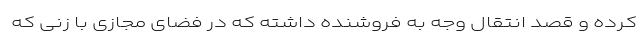
کرده و قصد انتقال وجه به فروشنده داشته که در فضای مجازی با زنی که